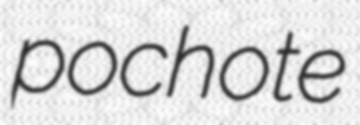
pochote